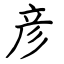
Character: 彦